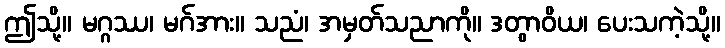
ဤသို့။ မဂ္ဂဿ၊ မဂ်အား။ သညံ၊ အမှတ်သညာကို။ ဒတွာဝိယ၊ ပေးသကဲ့သို့။